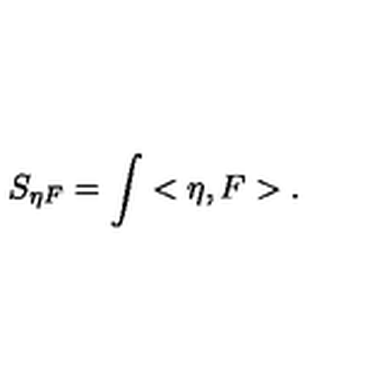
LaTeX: S _ { \eta F } = \int < \eta , F > .